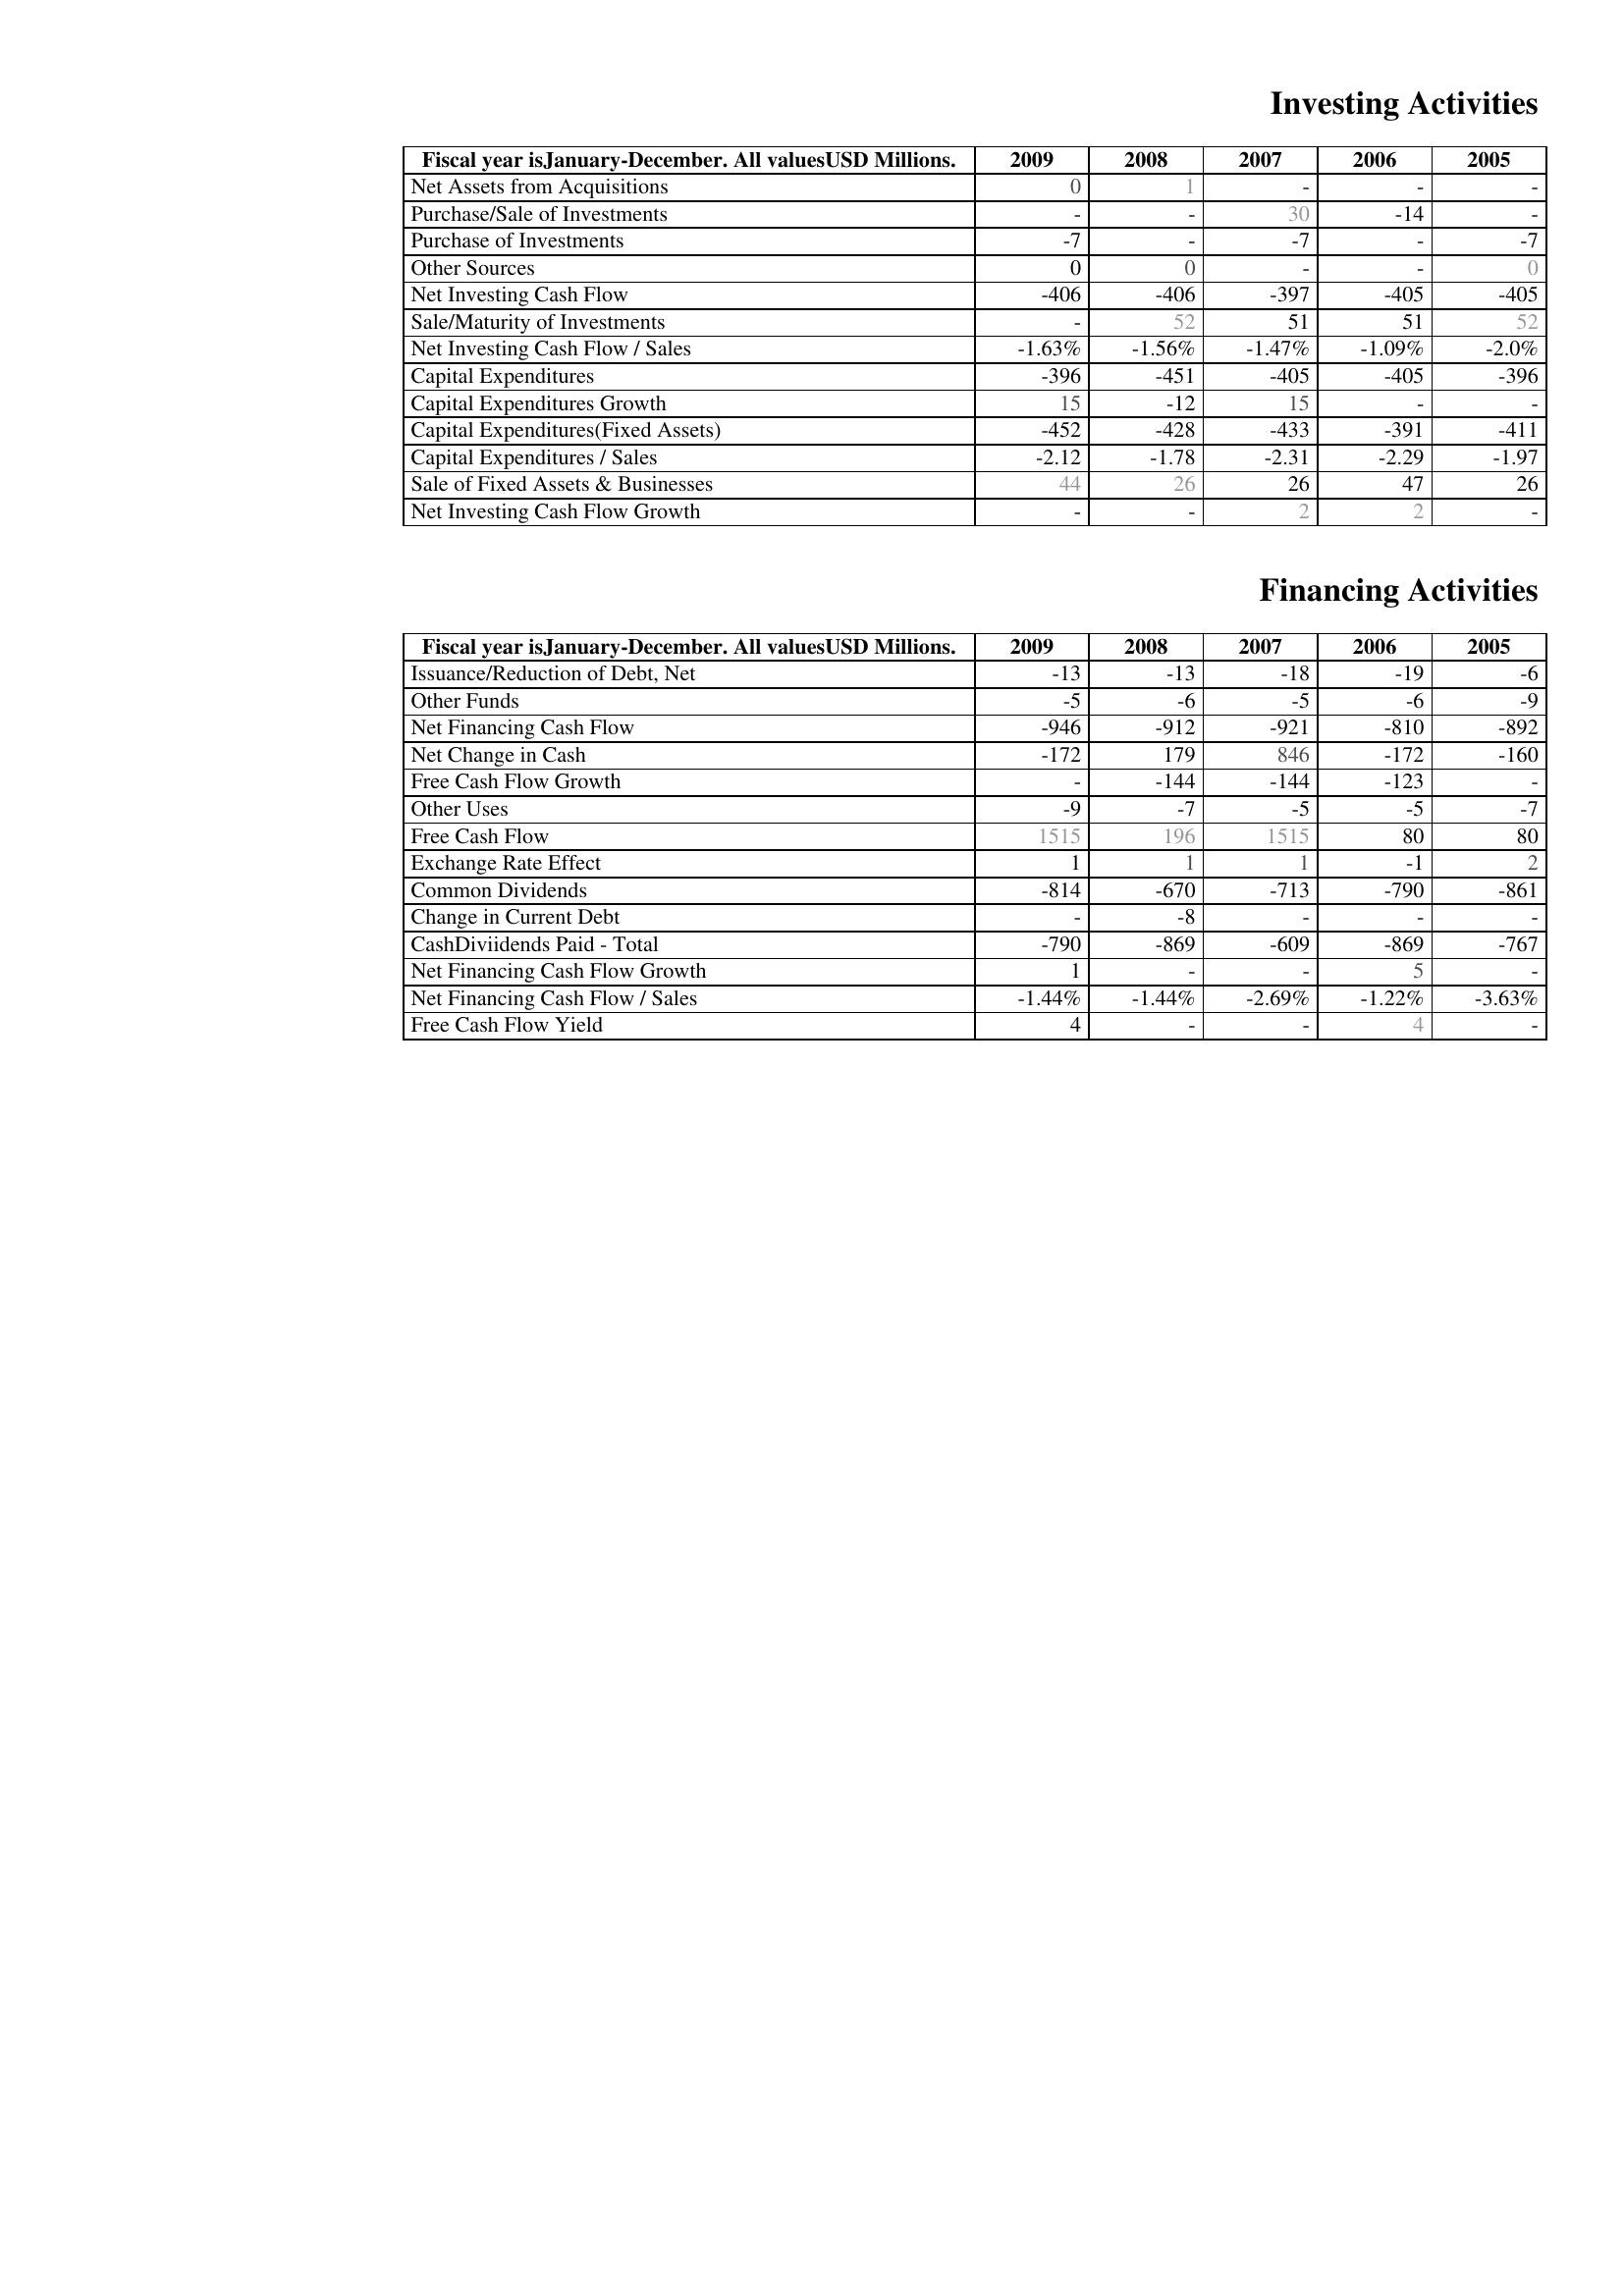
2009: Investing Activities: Net Assets from Acquisitions: 0
Purchase/Sale of Investments: -
Purchase of Investments: -7
Other Sources: 0
Net Investing Cash Flow: -406
Sale/Maturity of Investments: -
Net Investing Cash Flow / Sales: -1.63%
Capital Expenditures: -396
Capital Expenditures Growth: 15
Capital Expenditures(Fixed Assets): -452
Capital Expenditures / Sales: -2.12
Sale of Fixed Assets & Businesses: 44
Net Investing Cash Flow Growth: -
Financing Activities: Issuance/Reduction of Debt, Net: -13
Other Funds: -5
Net Financing Cash Flow: -946
Net Change in Cash: -172
Free Cash Flow Growth: -
Other Uses: -9
Free Cash Flow: 1515
Exchange Rate Effect: 1
Common Dividends: -814
Change in Current Debt: -
CashDiviidends Paid - Total: -790
Net Financing Cash Flow Growth: 1
Net Financing Cash Flow / Sales: -1.44%
Free Cash Flow Yield: 4
2008: Investing Activities: Net Assets from Acquisitions: 1
Purchase/Sale of Investments: -
Purchase of Investments: -
Other Sources: 0
Net Investing Cash Flow: -406
Sale/Maturity of Investments: 52
Net Investing Cash Flow / Sales: -1.56%
Capital Expenditures: -451
Capital Expenditures Growth: -12
Capital Expenditures(Fixed Assets): -428
Capital Expenditures / Sales: -1.78
Sale of Fixed Assets & Businesses: 26
Net Investing Cash Flow Growth: -
Financing Activities: Issuance/Reduction of Debt, Net: -13
Other Funds: -6
Net Financing Cash Flow: -912
Net Change in Cash: 179
Free Cash Flow Growth: -144
Other Uses: -7
Free Cash Flow: 196
Exchange Rate Effect: 1
Common Dividends: -670
Change in Current Debt: -8
CashDiviidends Paid - Total: -869
Net Financing Cash Flow Growth: -
Net Financing Cash Flow / Sales: -1.44%
Free Cash Flow Yield: -
2007: Investing Activities: Net Assets from Acquisitions: -
Purchase/Sale of Investments: 30
Purchase of Investments: -7
Other Sources: -
Net Investing Cash Flow: -397
Sale/Maturity of Investments: 51
Net Investing Cash Flow / Sales: -1.47%
Capital Expenditures: -405
Capital Expenditures Growth: 15
Capital Expenditures(Fixed Assets): -433
Capital Expenditures / Sales: -2.31
Sale of Fixed Assets & Businesses: 26
Net Investing Cash Flow Growth: 2
Financing Activities: Issuance/Reduction of Debt, Net: -18
Other Funds: -5
Net Financing Cash Flow: -921
Net Change in Cash: 846
Free Cash Flow Growth: -144
Other Uses: -5
Free Cash Flow: 1515
Exchange Rate Effect: 1
Common Dividends: -713
Change in Current Debt: -
CashDiviidends Paid - Total: -609
Net Financing Cash Flow Growth: -
Net Financing Cash Flow / Sales: -2.69%
Free Cash Flow Yield: -
2006: Investing Activities: Net Assets from Acquisitions: -
Purchase/Sale of Investments: -14
Purchase of Investments: -
Other Sources: -
Net Investing Cash Flow: -405
Sale/Maturity of Investments: 51
Net Investing Cash Flow / Sales: -1.09%
Capital Expenditures: -405
Capital Expenditures Growth: -
Capital Expenditures(Fixed Assets): -391
Capital Expenditures / Sales: -2.29
Sale of Fixed Assets & Businesses: 47
Net Investing Cash Flow Growth: 2
Financing Activities: Issuance/Reduction of Debt, Net: -19
Other Funds: -6
Net Financing Cash Flow: -810
Net Change in Cash: -172
Free Cash Flow Growth: -123
Other Uses: -5
Free Cash Flow: 80
Exchange Rate Effect: -1
Common Dividends: -790
Change in Current Debt: -
CashDiviidends Paid - Total: -869
Net Financing Cash Flow Growth: 5
Net Financing Cash Flow / Sales: -1.22%
Free Cash Flow Yield: 4
2005: Investing Activities: Net Assets from Acquisitions: -
Purchase/Sale of Investments: -
Purchase of Investments: -7
Other Sources: 0
Net Investing Cash Flow: -405
Sale/Maturity of Investments: 52
Net Investing Cash Flow / Sales: -2.0%
Capital Expenditures: -396
Capital Expenditures Growth: -
Capital Expenditures(Fixed Assets): -411
Capital Expenditures / Sales: -1.97
Sale of Fixed Assets & Businesses: 26
Net Investing Cash Flow Growth: -
Financing Activities: Issuance/Reduction of Debt, Net: -6
Other Funds: -9
Net Financing Cash Flow: -892
Net Change in Cash: -160
Free Cash Flow Growth: -
Other Uses: -7
Free Cash Flow: 80
Exchange Rate Effect: 2
Common Dividends: -861
Change in Current Debt: -
CashDiviidends Paid - Total: -767
Net Financing Cash Flow Growth: -
Net Financing Cash Flow / Sales: -3.63%
Free Cash Flow Yield: -